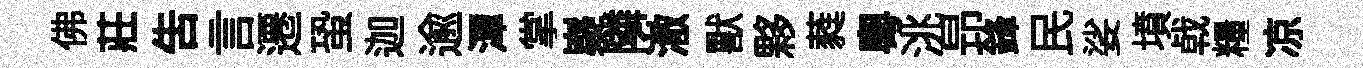
佛莊告言遷蛩迦逾潭掌嶷隣澈獸夥蕤粵洮昻鋒民娑墳㦸糧凉